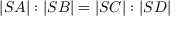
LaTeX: | S A | : | S B | = | S C | : | S D |